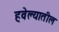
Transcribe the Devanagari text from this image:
हवेल्यातील